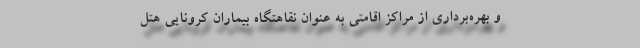
و بهره‌برداری از مراکز اقامتی به عنوان نقاهتگاه بیماران کرونایی هتل‌